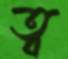
ত্ব